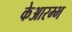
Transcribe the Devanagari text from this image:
केआरम्भ